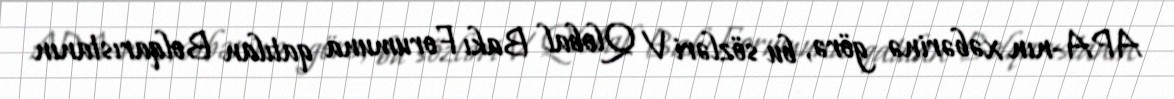
APA-nın xəbərinə görə, bu sözləri V Qlobal Bakı Forumuna qatılan Bolqarıstanın